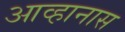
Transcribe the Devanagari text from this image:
आव्हानास